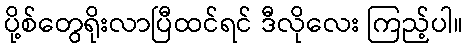
ပို့စ်တွေရိုးလာပြီထင်ရင် ဒီလိုလေး ကြည့်ပါ။